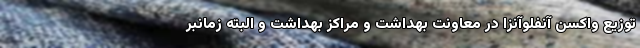
توزیع واکسن آنفلوآنزا در معاونت بهداشت و مراکز بهداشت و البته زمانبر